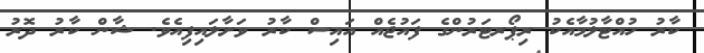
ކާރު ހުއްޓާލުމާއެކު ރިޕޯރޓަރުންގެ ފައުޖެއް އައިސް ކާރު ވަށާލައިފިއެވެ. ޝާން ކާރު ދޮރު